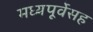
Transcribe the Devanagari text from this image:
मध्यपूर्वेसह